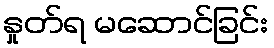
နှုတ်ရ မဆောင်ခြင်း